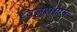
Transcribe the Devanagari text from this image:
ध्वजसंग्राम